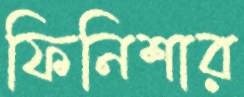
ফিনিশার